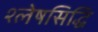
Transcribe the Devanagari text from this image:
श्लेषसिद्धि